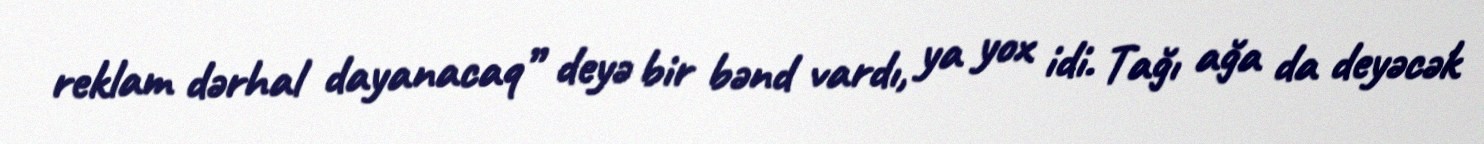
reklam dərhal dayanacaq” deyə bir bənd vardı, ya yox idi. Tağı ağa da deyəcək